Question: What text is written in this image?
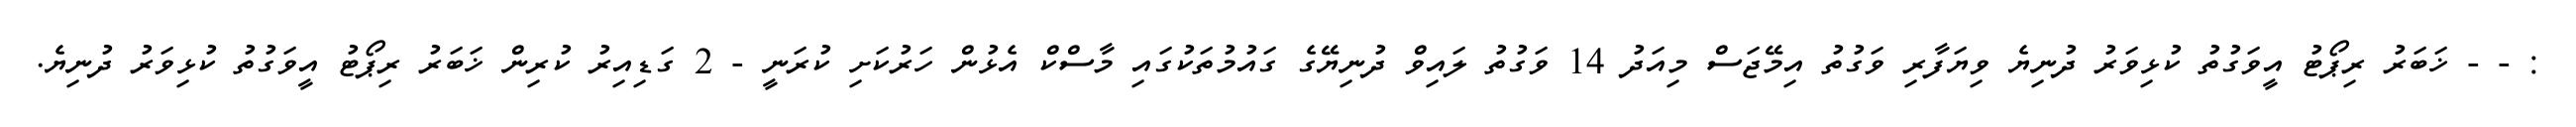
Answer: : - - ޚަބަރު ރިޕޯޓު އީވަގުތު ކުޅިވަރު ދުނިޔެ ވިޔަފާރި ވަގުތު އިމޭޖަސް މިއަދު 14 ވަގުތު ލައިވް ދުނިޔޭގެ ގައުމުތަކުގައި މާސްކް އެޅުން ހަރުކަށި ކުރަނީ - 2 ގަޑިއިރު ކުރިން ޚަބަރު ރިޕޯޓު އީވަގުތު ކުޅިވަރު ދުނިޔެ.